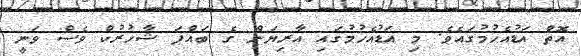
އޮތް އަޑުއެހުމުގައެވެ. މި އަޑުއެހުމުގައި އާރިޔަން ގެ ބައްޕަ ޝާހުރުކް ވެސް ވަނީ